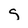
Character: S